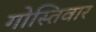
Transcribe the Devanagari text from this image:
गोस्तिवार